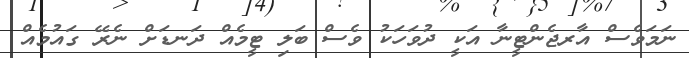
ނަމަވެސް އާރޖެންޓީނާ އަކީ ދުވަހަކު ވެސް ބަލި ޓީމެއް ދަނޑަށް ނެރޭ ގައުމެއް